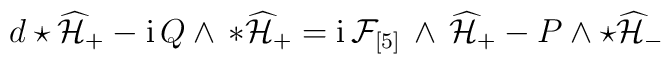
d \star \widehat{\mathcal{H}}_+ - {\rm i} \, Q \wedge \, * \widehat{\mathcal{H}}_+=   {\rm i} \, \mathcal{F}_{[5]}\,  \wedge \, \widehat{\mathcal{H}}_+  - P \wedge \star  \widehat{\mathcal{H}}_-